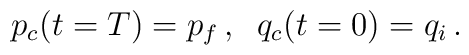
p_c ( t = T ) = p_f \, , \; \; q_c ( t = 0) = q_i \, .